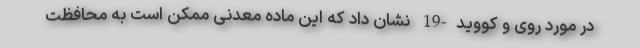
در مورد روی و کووید-19 نشان داد که این ماده معدنی ممکن است به محافظت